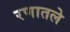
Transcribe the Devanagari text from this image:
रणातले